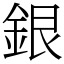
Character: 銀